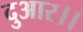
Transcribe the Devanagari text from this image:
दुआर।।